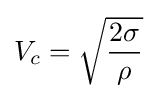
V_{c}={\sqrt {\frac {2\sigma }{\rho }}}